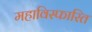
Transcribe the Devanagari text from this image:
महाविस्फारित